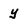
Character: y